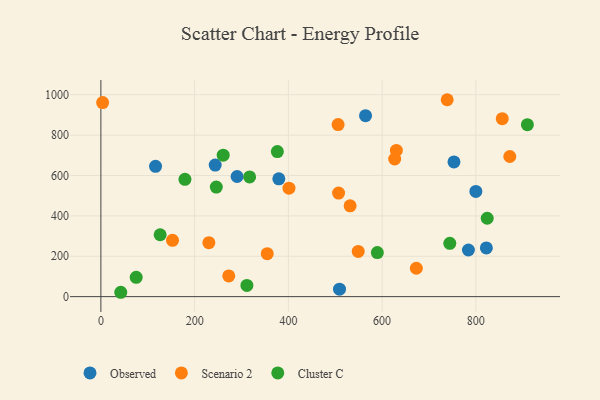
{"axis": {"x": "Price", "y": "Profit"}, "legend": ["Cluster C", "Observed", "Scenario 2"], "data": [{"x": "116.6", "y": 645.4, "type": "Observed"}, {"x": "379.6", "y": 583.3, "type": "Observed"}, {"x": "509.1", "y": 36.9, "type": "Observed"}, {"x": "564.6", "y": 896.2, "type": "Observed"}, {"x": "822.4", "y": 241.2, "type": "Observed"}, {"x": "800.0", "y": 521.2, "type": "Observed"}, {"x": "784.1", "y": 231.0, "type": "Observed"}, {"x": "753.3", "y": 667.2, "type": "Observed"}, {"x": "290.6", "y": 595.1, "type": "Observed"}, {"x": "243.9", "y": 651.5, "type": "Observed"}, {"x": "401.3", "y": 537.3, "type": "Scenario 2"}, {"x": "626.8", "y": 681.7, "type": "Scenario 2"}, {"x": "673.0", "y": 140.6, "type": "Scenario 2"}, {"x": "3.7", "y": 961.4, "type": "Scenario 2"}, {"x": "549.0", "y": 223.8, "type": "Scenario 2"}, {"x": "272.8", "y": 102.7, "type": "Scenario 2"}, {"x": "531.7", "y": 450.0, "type": "Scenario 2"}, {"x": "152.8", "y": 278.8, "type": "Scenario 2"}, {"x": "738.8", "y": 975.3, "type": "Scenario 2"}, {"x": "630.4", "y": 724.1, "type": "Scenario 2"}, {"x": "507.1", "y": 513.1, "type": "Scenario 2"}, {"x": "856.3", "y": 881.4, "type": "Scenario 2"}, {"x": "230.4", "y": 267.1, "type": "Scenario 2"}, {"x": "872.4", "y": 694.2, "type": "Scenario 2"}, {"x": "506.1", "y": 852.2, "type": "Scenario 2"}, {"x": "354.9", "y": 212.8, "type": "Scenario 2"}, {"x": "376.5", "y": 718.4, "type": "Cluster C"}, {"x": "75.3", "y": 95.4, "type": "Cluster C"}, {"x": "744.4", "y": 264.1, "type": "Cluster C"}, {"x": "126.4", "y": 306.4, "type": "Cluster C"}, {"x": "246.2", "y": 542.9, "type": "Cluster C"}, {"x": "824.2", "y": 388.2, "type": "Cluster C"}, {"x": "909.9", "y": 851.7, "type": "Cluster C"}, {"x": "179.3", "y": 581.2, "type": "Cluster C"}, {"x": "42.4", "y": 21.6, "type": "Cluster C"}, {"x": "589.8", "y": 218.2, "type": "Cluster C"}, {"x": "317.3", "y": 592.8, "type": "Cluster C"}, {"x": "260.9", "y": 700.8, "type": "Cluster C"}, {"x": "311.5", "y": 55.7, "type": "Cluster C"}]}